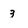
Character: 3